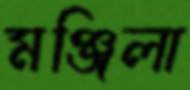
মঞ্জিলা